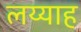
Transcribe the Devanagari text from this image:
लय्याह